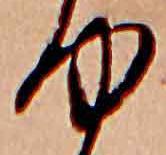
ゆ